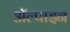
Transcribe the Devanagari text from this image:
ॲल्पाइन